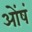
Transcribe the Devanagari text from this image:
ओंषं